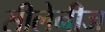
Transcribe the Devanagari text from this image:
सीलेनीज